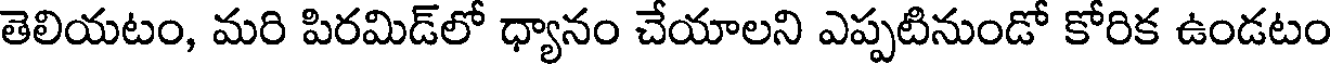
తెలియటం, మరి పిరమిడ్లో ధ్యానం చేయాలని ఎప్పటినుండో కోరిక ఉండటం